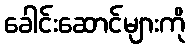
ခေါင်းဆောင်များကို